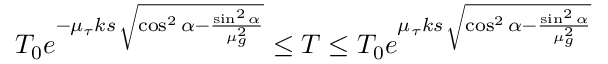
T _ { 0 } e ^ { - \mu _ { \tau } k s \, { \sqrt { \cos ^ { 2 } \alpha - { \frac { \sin ^ { 2 } \alpha } { \mu _ { g } ^ { 2 } } } } } } \leq T \leq T _ { 0 } e ^ { \mu _ { \tau } k s \, { \sqrt { \cos ^ { 2 } \alpha - { \frac { \sin ^ { 2 } \alpha } { \mu _ { g } ^ { 2 } } } } } }